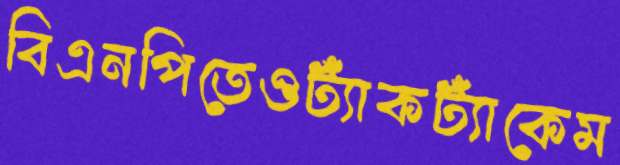
বিএনপিতেওট্যাঁকট্যাঁকেম